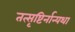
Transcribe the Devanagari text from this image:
तत्सृष्टिर्नान्यथा